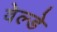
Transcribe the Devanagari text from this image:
वेल्डे